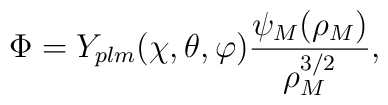
\Phi=Y_{plm}(\chi,\theta,\varphi)\frac{\psi_{M}(\rho_{M})}{\rho_{M}^{3/2}},